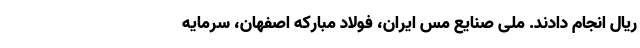
ریال انجام دادند. ملی صنایع مس ایران، فولاد مبارکه اصفهان، سرمایه